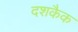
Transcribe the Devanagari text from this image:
दशकैक